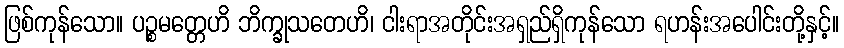
ဖြစ်ကုန်သော။ ပဉ္စမတ္တေဟိ ဘိက္ခုသတေဟိ၊ ငါးရာအတိုင်းအရှည်ရှိကုန်သော ရဟန်းအပေါင်းတို့နှင့်။